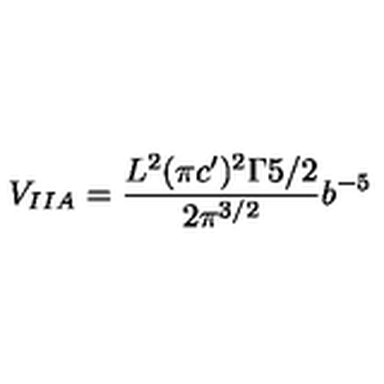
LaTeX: V _ { I I A } = \frac { L ^ { 2 } ( \pi c ^ { \prime } ) ^ { 2 } \Gamma { 5 / 2 } } { 2 \pi ^ { 3 / 2 } } b ^ { - 5 }